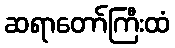
ဆရာတော်ကြီးထံ